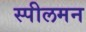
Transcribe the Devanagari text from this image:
स्पीलमन